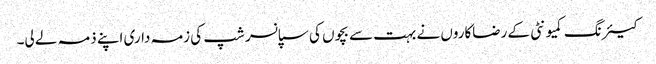
کیئرنگ کمیونٹی کے رضاکاروں نے بہت سے بچوں کی سپانسر شپ کی زمہ داری اپنے ذمہ لے لی۔